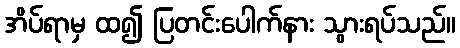
အိပ်ရာမှ ထ၍ ပြတင်းပေါက်နား သွားရပ်သည်။